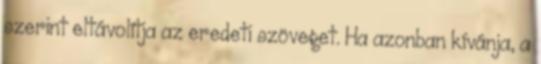
szerint eltávolítja az eredeti szöveget. Ha azonban kívánja, a